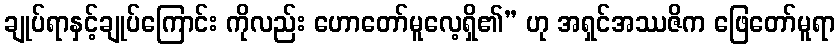
ချုပ်ရာနှင့်ချုပ်ကြောင်း ကိုလည်း ဟောတော်မူလေ့ရှိ၏” ဟု အရှင်အဿဇိက ဖြေတော်မူရာ